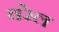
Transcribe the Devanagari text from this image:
वरेल